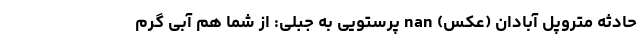
حادثه متروپل آبادان (عکس) nan پرستویی به جبلی: از شما هم آبی گرم